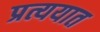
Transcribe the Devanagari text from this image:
प्रत्ययात